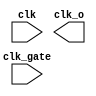
// This program was cloned from: https://github.com/chipsalliance/aib-phy-hardware
// License: Apache License 2.0

// SPDX-License-Identifier: Apache-2.0
// Copyright (C) 2019 Intel Corporation. 
//-----------------------------------------------------------------------------
//  Clock gate using OR.
//-----------------------------------------------------------------------------
//Gates output clock to 1'b1 when clk_gate=1
//Allows clk --> clk_o when clk_gate=0

module altr_hps_clkgate_or (
  clk,
  clk_gate,
  clk_o
);

// -------------------
// Port declarations
// -------------------

input clk;
input clk_gate;
output clk_o;

// -----
// RTL
// -----

`ifdef ALTR_HPS_INTEL_MACROS_OFF
//assign clk_o = clk | clk_gate;
//fixed behavioral model to match cgc81
reg clk_enable_lat;
 
always @ (clk or clk_gate)
  begin
    if (clk)
      clk_enable_lat <= clk_gate;
  end
 
assign clk_o = clk | clk_enable_lat;

`else

`endif

endmodule